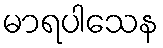
မာရပါသေန